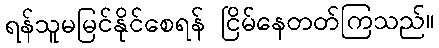
ရန်သူမမြင်နိုင်စေရန် ငြိမ်နေတတ်ကြသည်။